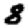
Digit: 8